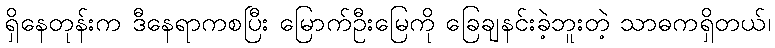
ရှိနေတုန်းက ဒီနေရာကစပြီး မြောက်ဦးမြေကို ခြေချနင်းခဲ့ဘူးတဲ့ သာဓကရှိတယ်၊